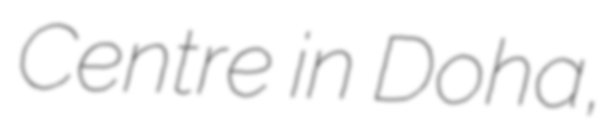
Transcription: Centre in Doha,